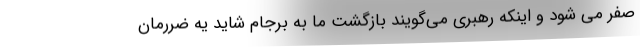
صفر می شود و اینکه رهبری می‌گویند بازگشت ما به برجام شاید یه ضررمان